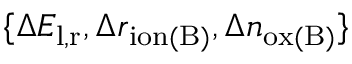
\{ \Delta E _ { \mathrm { l , r } } , \Delta r _ { \mathrm { i o n ( B ) } } , \Delta n _ { \mathrm { o x ( B ) } } \}